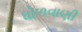
ધોળવાણી